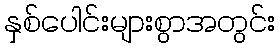
နှစ်ပေါင်းများစွာအတွင်း